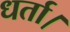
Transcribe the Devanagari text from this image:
धर्ता।